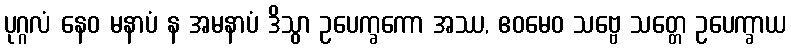
ပုဂ္ဂလံ နေဝ မနာပံ န အမနာပံ ဒိသွာ ဥပေက္ခကော အဿ, ဧဝမေဝ သဗ္ဗေ သတ္တေ ဥပေက္ခာယ